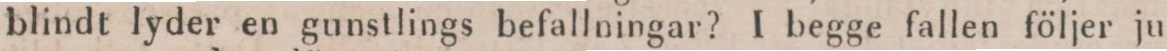
blindt lyder en gunstlings befallningar? I begge fallen följer ju